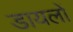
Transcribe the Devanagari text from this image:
डायलों